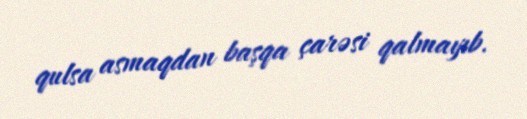
qulsa asmaqdan başqa çarəsi qalmayıb.